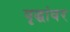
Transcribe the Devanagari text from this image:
वृद्धांवर